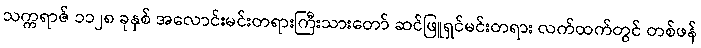
သက္ကရာဇ် ၁၁၂၈ ခုနှစ် အလောင်းမင်းတရားကြီးသားတော် ဆင်ဖြူရှင်မင်းတရား လက်ထက်တွင် တစ်ဖန်